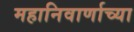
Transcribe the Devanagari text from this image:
महानिवार्णाच्या